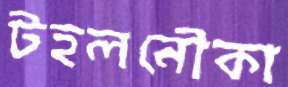
টহলনৌকা